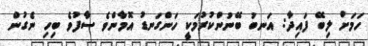
ހަމަށް ލިބޭ ފައިދާ: އަނބު ބޭނުންކުރުމަކީ ހަންގަނޑު އޮމާންވެ ސާފުވެ ބިހި ނެގުން